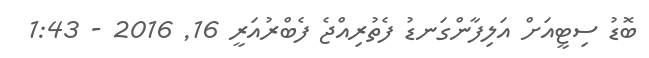
ބޮޑު ސިޓީއަށް އަލިފާންގަނޑު ފެތުރިއްޖެ ފެބްރުއަރީ 16